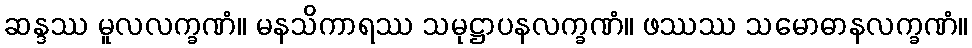
ဆန္ဒဿ မူလလက္ခဏံ။ မနသိကာရဿ သမုဋ္ဌာပနလက္ခဏံ။ ဖဿဿ သမောဓာနလက္ခဏံ။